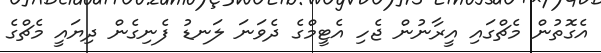
އެގޮތުން މެޗްގައި އީރާނުން ޖެހި އެޓީމްގެ ދެވަނަ ލަނޑު ފެނިގެން ދިޔައީ މެޗްގެ